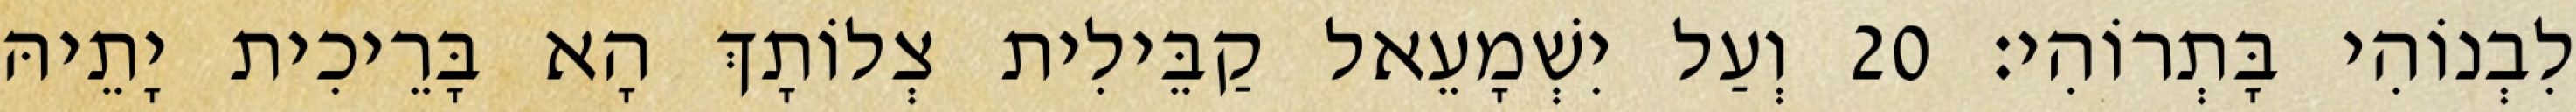
לִבְנוֹהִי בָּתְרוֹהִי׃ 20 וְעַל יִשְׁמָעֵאל קַבֵּילִית צְלוֹתָךְ הָא בָּרֵיכִית יָתֵיהּ